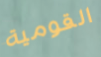
القومية